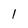
Character: I